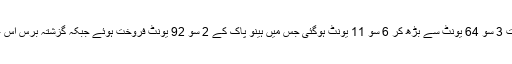
گزشتہ مالی سال کے ابتدائی 7 ماہ کے مقابلے میں بس کی فروخت 3 سو 64 یونٹ سے بڑھ کر 6 سو 11 یونٹ ہوگئی جس میں ہینو پاک کے 2 سو 92 یونٹ فروخت ہوئے جبکہ گزشتہ برس اس عرصے میں ہینو پاک کے ایک سو 65 یونٹ فروخت ہوئے تھے۔